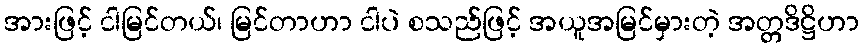
အားဖြင့် ငါမြင်တယ်၊ မြင်တာဟာ ငါပဲ စသည်ဖြင့် အယူအမြင်မှားတဲ့ အတ္တဒိဋ္ဌိဟာ